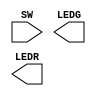
module Multilpicador(
    input [9:0] SW,
    output [7:0] LEDG,
    output [7:0] LEDR
);

		wire [9:0] aux1;
		wire [9:0] aux2;
		wire [9:0] aux3;

		wire [9:0] S;

		assign LEDG[7:0] = S[7:0];
		assign LEDR[1:0] = S[9:8];
		
		wire [9:0] linha1;
		wire [9:0] linha2;
		wire [9:0] linha3;
		wire [9:0] linha4;
		wire [9:0] linha5;
		
		wire [9:0] Cout1;
		wire [9:0] Cout2;
		wire [9:0] Cout3;
		wire [9:0] Cout4;

		assign linha1[0] = SW[0] & SW[5];
		assign linha1[1] = SW[1] & SW[5];
		assign linha1[2] = SW[2] & SW[5];
		assign linha1[3] = SW[3] & SW[5];
		assign linha1[4] = SW[4] & SW[5];

		assign linha2[0] = SW[0] & SW[6];
		assign linha2[1] = SW[1] & SW[6];
		assign linha2[2] = SW[2] & SW[6];
		assign linha2[3] = SW[3] & SW[6];
		assign linha2[4] = SW[4] & SW[6];

		assign linha3[0] = SW[0] & SW[7];
		assign linha3[1] = SW[1] & SW[7];
		assign linha3[2] = SW[2] & SW[7];
		assign linha3[3] = SW[3] & SW[7];
		assign linha3[4] = SW[4] & SW[7];

		assign linha4[0] = SW[0] & SW[8];
		assign linha4[1] = SW[1] & SW[8];
		assign linha4[2] = SW[2] & SW[8];
		assign linha4[3] = SW[3] & SW[8];
		assign linha4[4] = SW[4] & SW[8];

		assign linha5[0] = SW[0] & SW[9];
		assign linha5[1] = SW[1] & SW[9];
		assign linha5[2] = SW[2] & SW[9];
		assign linha5[3] = SW[3] & SW[9];
		assign linha5[4] = SW[4] & SW[9];
		
		assign aux1[0] = linha1[0];
		meioSomador l1_l2_1(linha1[1], linha2[0],Cout1[0], aux1[1]);
		somadorCompleto l1_l2_2(linha1[2], linha2[1],Cout1[0], Cout1[1], aux1[2]);
		somadorCompleto l1_l2_3(linha1[3], linha2[2],Cout1[1], Cout1[2], aux1[3]);
		somadorCompleto l1_l2_4(linha1[4], linha2[3],Cout1[2], Cout1[3], aux1[4]);
		somadorCompleto l1_l2_5(linha1[5], linha2[4],Cout1[3], Cout1[4], aux1[5]);
		assign aux1[6] = Cout1[4];
		
		assign aux2[0] = aux1[0];
		assign aux2[1] = aux1[1];
		meioSomador aux3_l3_1(aux1[2], linha3[1],Cout2[0], aux2[3]);
		somadorCompleto aux2_l3_2(aux1[3], linha3[2],Cout2[0], Cout2[1], aux2[4]);
		somadorCompleto aux2_l3_3(aux1[4], linha3[3],Cout2[1], Cout2[2], aux2[5]);
		somadorCompleto aux2_l3_4(aux1[5], linha3[4],Cout2[2], Cout2[3], aux2[6]);
		assign aux2[7] = Cout2[3];
		
endmodule

module meioSomador(
    input a,
    input b,
    output Cout,
    output S
);
    assign S = a ^ b;
    assign Cout = a & b;
endmodule

module somadorCompleto(
    input a,
    input b,
    input Cin,
    output Cout,
    output S
);
    assign S = (a ^ b) ^ Cin;
    assign Cout = (((a ^ b) & Cin) ^ (a & b));

endmodule